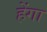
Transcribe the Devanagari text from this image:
हेंगा